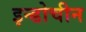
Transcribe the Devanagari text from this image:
इन्डोचीन